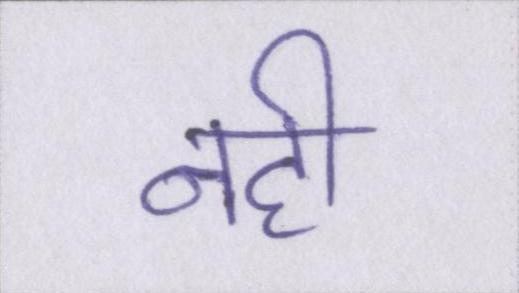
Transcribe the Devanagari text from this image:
नही